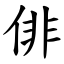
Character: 俳